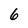
Character: 6